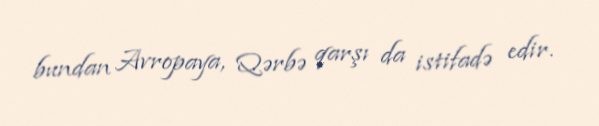
bundan Avropaya, Qərbə qarşı da istifadə edir.